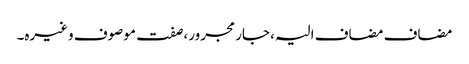
مضاف مضاف الیہ، جار مجرور، صفت موصوف وغیرہ۔